Annual report on the Civil Veterinary Department, Burma (including the Insein Veterinary School) - 1932-1941
Year: 1932
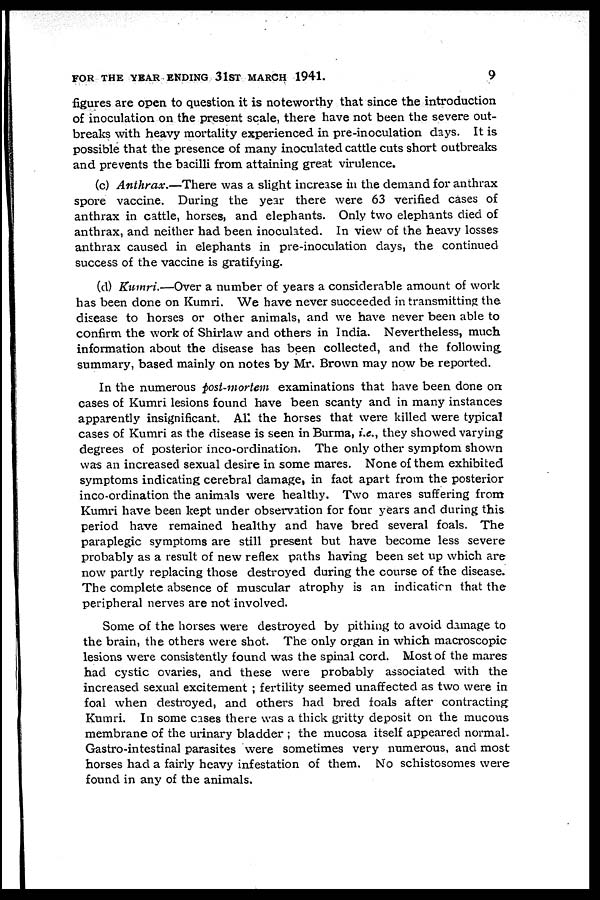
FOR THE YEAR ENDING 31ST MARCH 1941.
9
figures are open to question it is noteworthy that since the introduction
of inoculation on the present scale, there have not been the severe out-
breaks with heavy mortality experienced in pre-inoculation days. It is
possible that the presence of many inoculated cattle cuts short outbreaks
and prevents the bacilli from attaining great virulence.
(c) Anthrax.—There was a slight increase in the demand for anthrax
spore vaccine. During the year there were 63 verified cases of
anthrax in cattle, horses, and elephants. Only two elephants died of
anthrax, and neither had been inoculated. In view of the heavy losses
anthrax caused in elephants in pre-inoculation days, the continued
success of the vaccine is gratifying.
(d) Kumri.—Over a number of years a considerable amount of work
has been done on Kumri. We have never succeeded in transmitting the
disease to horses or other animals, and we have never been able to
confirm the work of Shirlaw and others in India. Nevertheless, much
information about the disease has been collected, and the following
summary, based mainly on notes by Mr. Brown may now be reported.
In the numerous post-mortem examinations that have been done on
cases of Kumri lesions found have been scanty and in many instances
apparently insignificant. All the horses that were killed were typical
cases of Kumri as the disease is seen in Burma, i.e., they showed varying
degrees of posterior inco-ordination. The only other symptom shown
was an increased sexual desire in some mares. None of them exhibited
symptoms indicating cerebral damage, in fact apart from the posterior
inco-ordination the animals were healthy. Two mares suffering from
Kumri have been kept under observation for four years and during this
period have remained healthy and have bred several foals. The
paraplegic symptoms are still present but have become less severe
probably as a result of new reflex paths having been set up which are
now partly replacing those destroyed during the course of the disease.
The complete absence of muscular atrophy is an indication that the
peripheral nerves are not involved.
Some of the horses were destroyed by pithing to avoid damage to
the brain, the others were shot. The only organ in which macroscopic
lesions were consistently found was the spinal cord. Most of the mares
had cystic ovaries, and these were probably associated with the
increased sexual excitement ; fertility seemed unaffected as two were in
foal when destroyed, and others had bred foals after contracting
Kumri. In some cases there was a thick gritty deposit on the mucous
membrane of the urinary bladder ; the mucosa itself appeared normal.
Gastro-intestinal parasites were sometimes very numerous, and most
horses had a fairly heavy infestation of them. No schistosomes were
found in any of the animals.